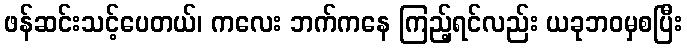
ဖန်ဆင်းသင့်ပေတယ်၊ ကလေး ဘက်ကနေ ကြည့်ရင်လည်း ယခုဘဝမှစပြီး